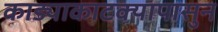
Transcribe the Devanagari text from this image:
काड्याकाटक्यापासुन